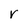
Character: r